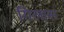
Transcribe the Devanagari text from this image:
गिलास